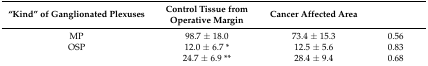
<table><thead><tr><td><b>“Kind” of Ganglionated Plexuses</b></td><td><b>Control Tissue from Operative Margin</b></td><td><b>Cancer Affected Area</b></td><td>[EMPTY_CELL]</td></tr></thead><tbody><tr><td>MP</td><td>98.7 ± 18.0</td><td>73.4 ± 15.3</td><td>0.56</td></tr><tr><td>OSP</td><td>12.0 ± 6.7 *</td><td>12.5 ± 5.6</td><td>0.83</td></tr><tr><td>[EMPTY_CELL]</td><td>24.7 ± 6.9 **</td><td>28.4 ± 9.4</td><td>0.68</td></tr></tbody></table>